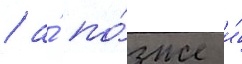
/ а́ по́зже и́